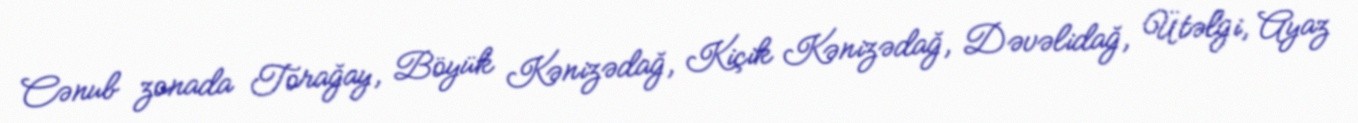
Cənub zonada Torağay, Böyük Kənizədağ, Kiçik Kənizədağ, Dəvəlidağ, Ütəlgi, Ayaz